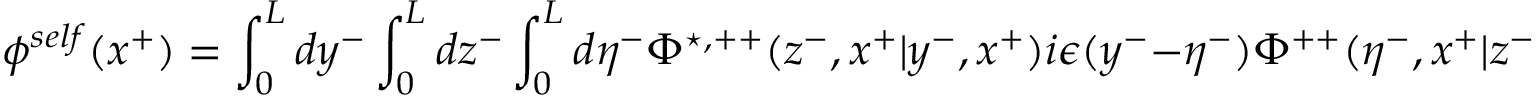
{ \phi } ^ { s e l f } ( x ^ { + } ) = \int _ { 0 } ^ { L } d y ^ { - } \int _ { 0 } ^ { L } d z ^ { - } \int _ { 0 } ^ { L } d { \eta } ^ { - } { \Phi } ^ { \star , + + } ( z ^ { - } , x ^ { + } | y ^ { - } , x ^ { + } ) i { \epsilon } ( y ^ { - } - { \eta } ^ { - } ) { \Phi } ^ { + + } ( { \eta } ^ { - } , x ^ { + } | z ^ { - } , x ^ { + } )